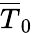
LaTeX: \overline{{T}}_{0}